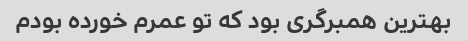
بهترین همبرگری بود که تو عمرم خورده بودم